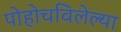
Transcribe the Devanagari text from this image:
पोहोचविलेल्या